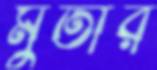
মুতীর